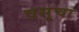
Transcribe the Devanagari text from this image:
वसूचा